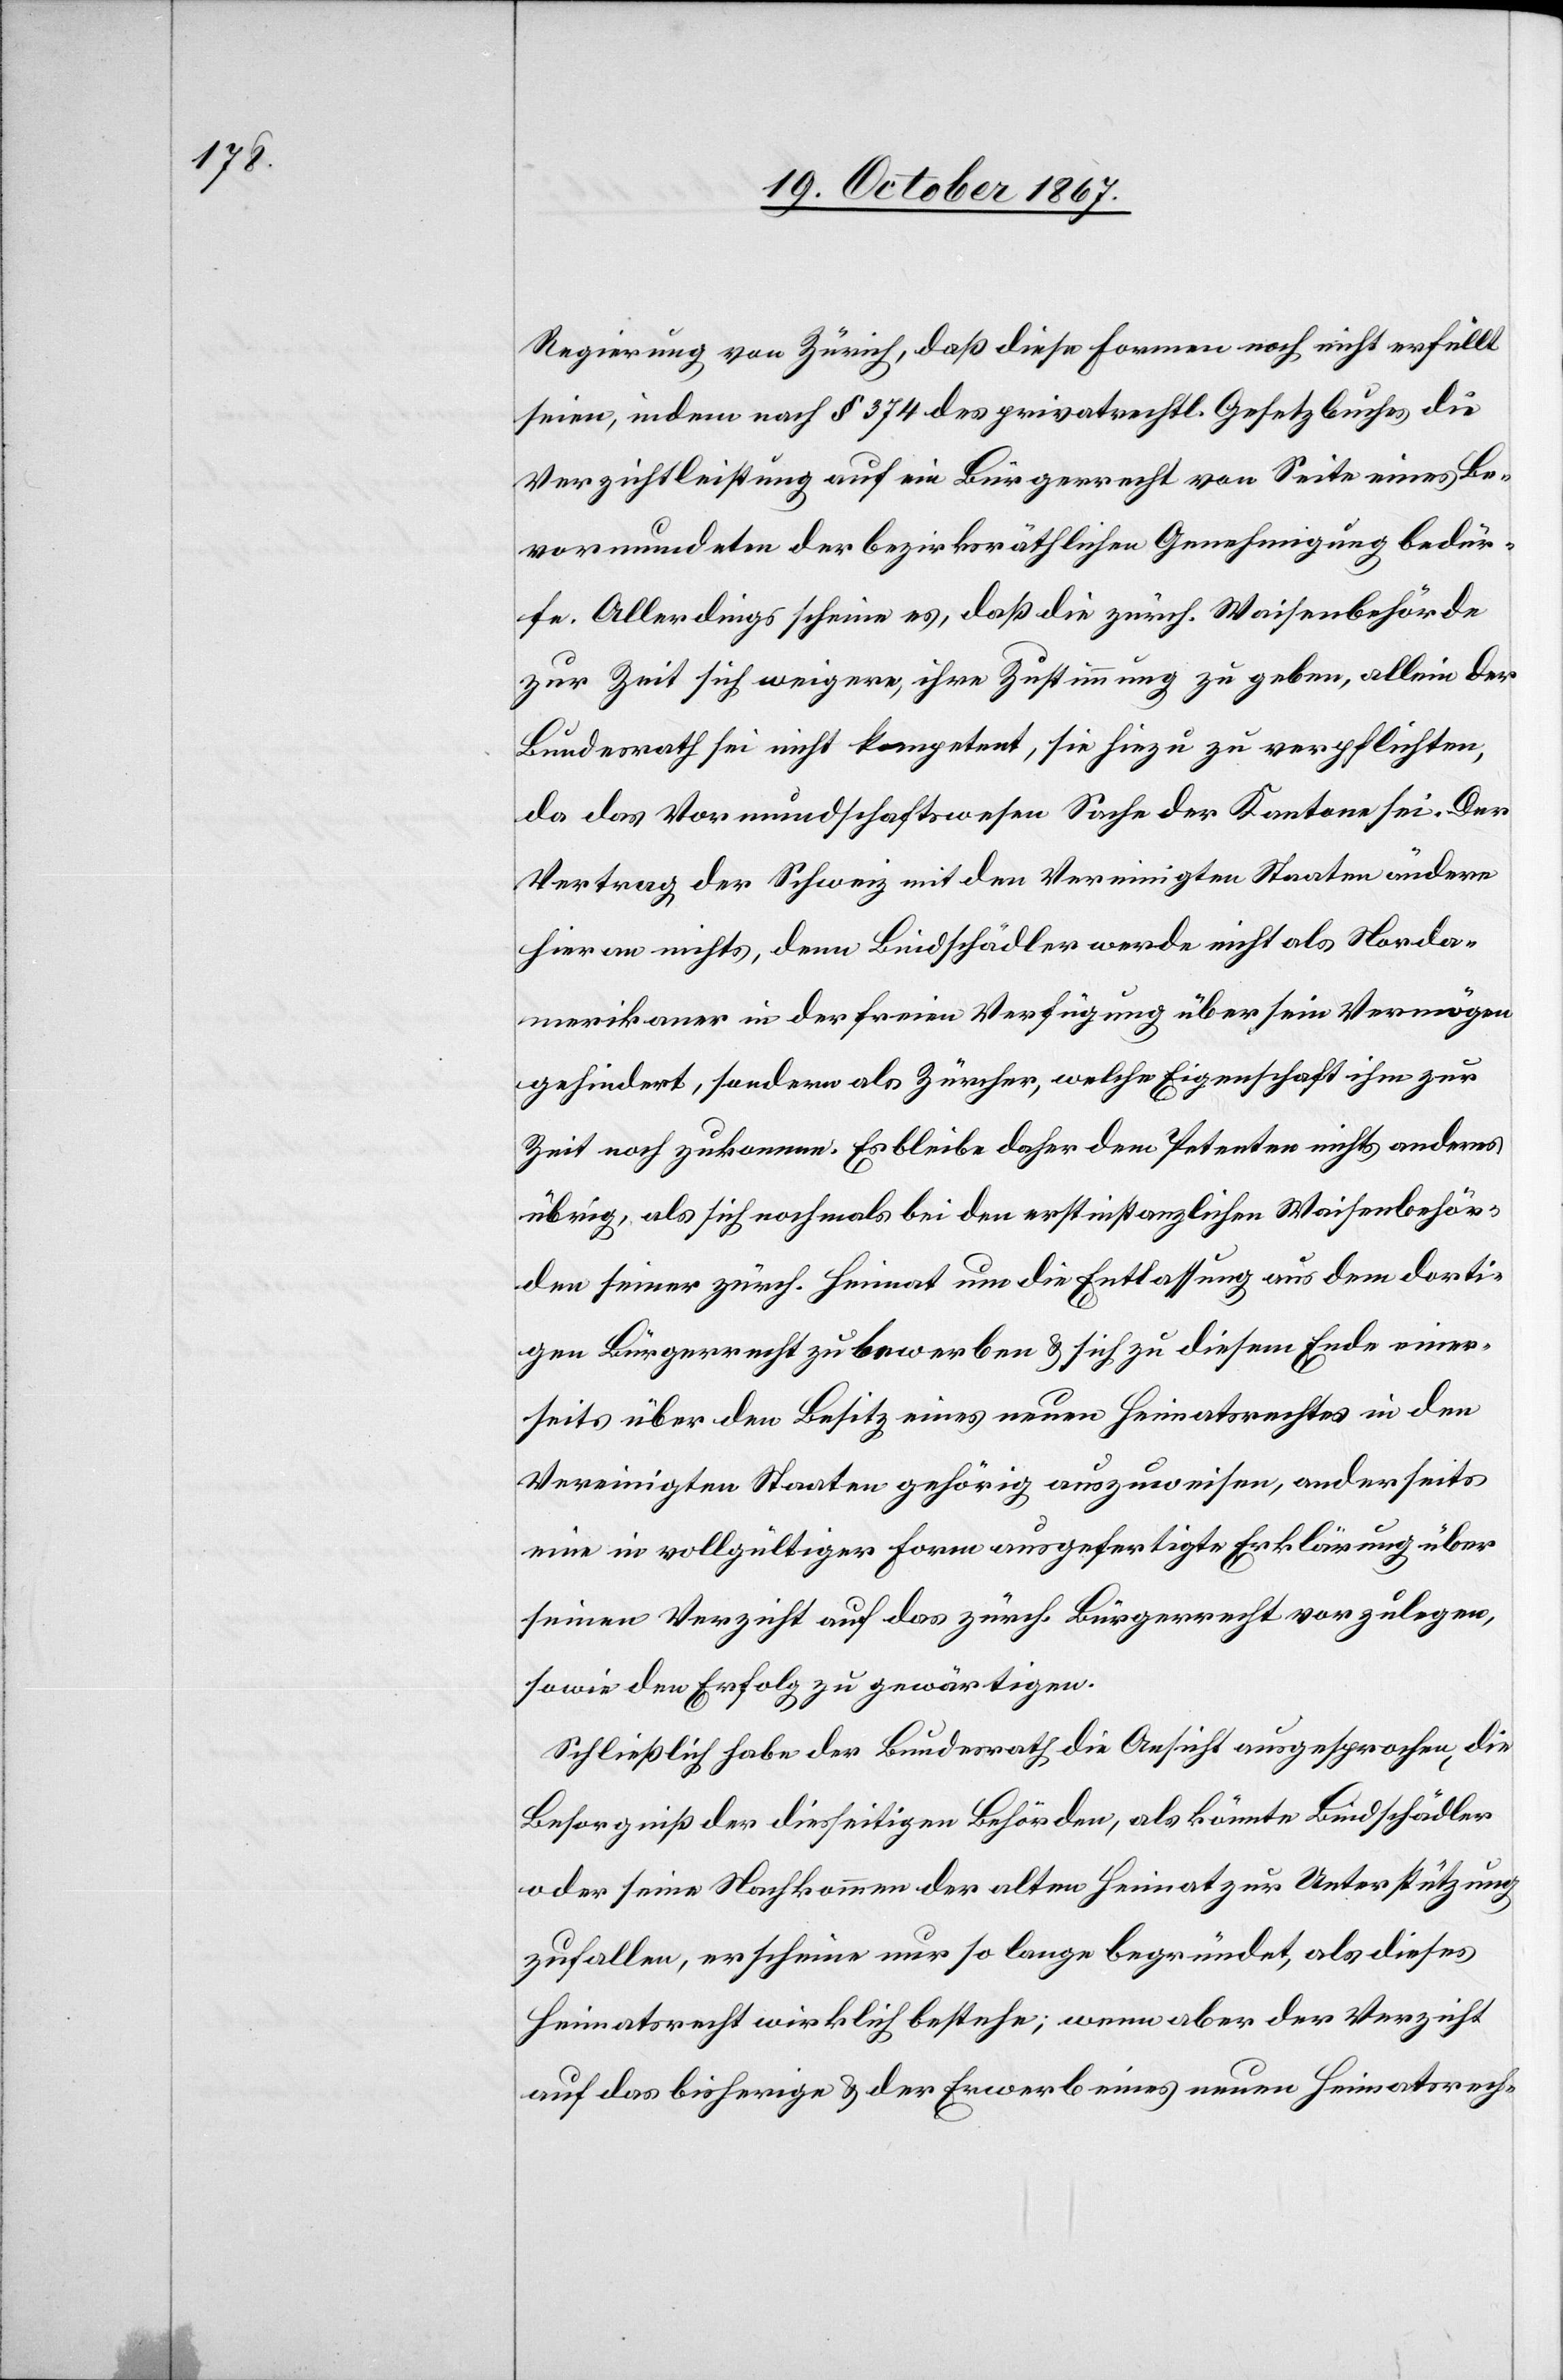
Regierung von Zürich, daß diese Formen noch nicht erfüllt
seien, indem nach § 374 des privatrechtl. Gesetzbuches die
Verzichtleistung auf ein Bürgerrecht von Seite eines Be¬
vormundeten der bezirksräthlichen Genehmigung bedür¬
fe. Allerdings scheine es, daß die zürch. Waisenbehörde
zur Zeit sich weigere, ihre Zustimmung zu geben, allein der
Bundesrath sei nicht kompetent, sie hiezu zu verpflichten,
da das Vormundschaftswesen Sache der Kantone sei. Der
Vertrag der Schweiz mit den Vereinigten Staaten ändere
hieran nichts, denn Bindschädler werde nicht als Norda¬
merikaner in der freien Verfügung über sein Vermögen
gehindert, sondern als Zürcher, welche Eigenschaft ihm zur
Zeit noch zukomme. Es bleibe daher dem Petenten nichts anderes
übrig, als sich nochmals bei den erstinstanzlichen Waisenbehör¬
den seiner zürch. Heimat um die Entlassung aus dem dorti¬
gen Bürgerrecht zu bewerben u. sich zu diesem Ende einer¬
seits über den Besitz eines neuen Heimatsrechtes in den
Vereinigten Staaten gehörig auszuweisen, anderseits
eine in vollgültiger Form ausgefertigte Erklärung über
seinen Verzicht auf das zürch. Bürgerrecht vorzulegen,
sowie den Erfolg zu gewärtigen.
Schließlich habe der Bundesrath die Ansicht ausgesprochen, die
Besorgniß der diesseitigen Behörden, als könnte Bindschädler
oder seine Nachkommen der alten Heimat zur Unterstützung
zufallen, erscheine nur so lange begründet, als dieses
Heimatsrecht wirklich bestehe; wenn aber der Verzicht
auf das bisherige u. der [recte: die] Erwerbung eines neuen Heimatsrech-